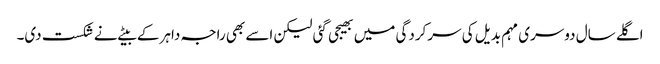
اگلے سال دوسری مہم بدیل کی سرکردگی میں بھیجی گئی لیکن اسے بھی راجہ داہر کے بیٹے نے شکست دی۔